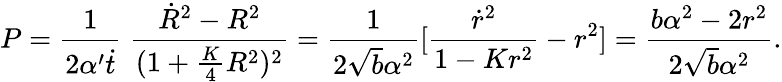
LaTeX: P=\frac{1}{2\alpha^{\prime}\dot{t}}\; \frac{\dot{R}^{2}-R^{2}}{(1+\frac{K}{4}R^{2})^{2}}=\frac{1}{2\sqrt{b}\alpha^{2}}[\frac{\dot{r}^{2}}{1-Kr^{2}}-r^{2}]=\frac{b\alpha^{2}-2r^{2}}{2\sqrt{b}\alpha^{2}}.